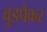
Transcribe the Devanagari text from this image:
वुडपैकर